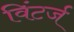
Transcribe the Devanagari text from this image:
विंटर्ज